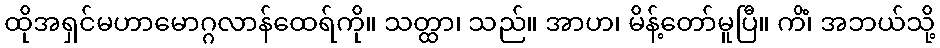
ထိုအရှင်မဟာမောဂ္ဂလာန်ထေရ်ကို။ သတ္ထာ၊ သည်။ အာဟ၊ မိန့်တော်မူပြီ။ ကိံ၊ အဘယ်သို့